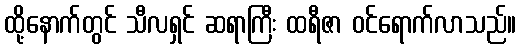
ထို့နောက်တွင် သီလရှင် ဆရာကြီး ထရီဇာ ဝင်ရောက်လာသည်။